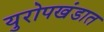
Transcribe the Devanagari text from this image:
युरोपखंडात